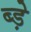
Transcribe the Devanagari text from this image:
ब्ड़े